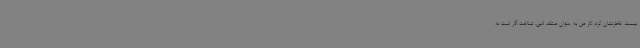
نیست، خاطرنشان کرد: کار من به عنوان منتقد ادبی، شناخت آثار است نه